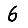
Digit: 6